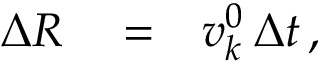
\begin{array} { r l r } { \Delta R } & { { } = } & { v _ { k } ^ { 0 } \, \Delta t \, , } \end{array}